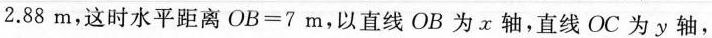
2 . 8 8 m$$，这时水平距离$$O B = 7 m$$，以直线OB为x轴，直线OC为y轴，